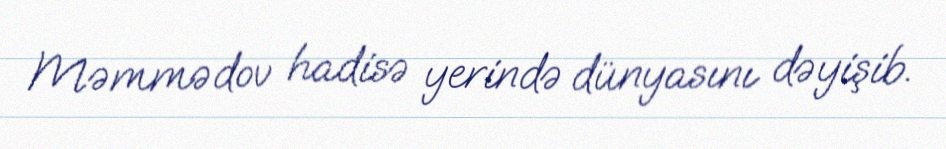
Məmmədov hadisə yerində dünyasını dəyişib.